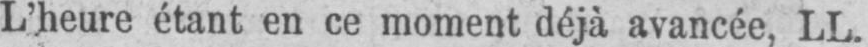
L’heure étant en ce moment déjà avancée, LL.